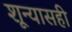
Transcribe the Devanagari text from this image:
शून्यासही